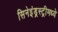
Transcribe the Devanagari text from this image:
सिनेइंड्रस्ट्रीमध्ये